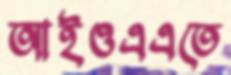
আইওএএতে